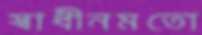
স্বাধীনমতো